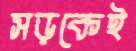
সড়কেই